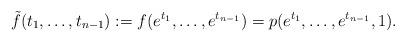
LaTeX: \begin{align*}\tilde{f}(t_1, \ldots, t_{n - 1}) := f(e^{t_1}, \ldots, e^{t_{n - 1}})=p (e^{t_1}, \ldots, e^{t_{n - 1}}, 1).\end{align*}